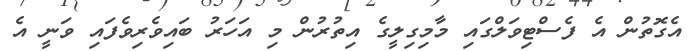
އެގޮތުން އެ ފެސްޓިވަލްގައި މާމިގިލީގެ އިތުރުން މި އަހަރު ބައިވެރިވެފައި ވަނީ އެ